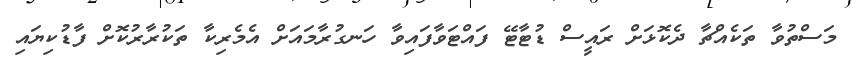
މަސްތުވާ ތަކެއްޗާ ދެކޮޅަށް ރައީސް ޑުޓާޓޭ ފައްޓަވާފައިވާ ހަނގުރާމައަށް އެމެރިކާ ތަކުރާރުކޮށް ފާޑުކިޔައި